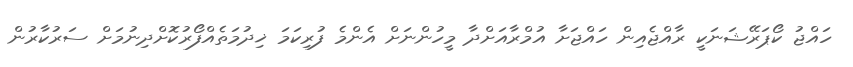
ހައްޖު ކޯޕަރޭޝަނަކީ ރާއްޖެއިން ހައްޖަށާ އުމްރާއަށްދާ މީހުންނަށް އެންމެ ފުރިކަމަ ޚިދުމަތެއްފޯރުކޮށްދިނުމަށް ސަރުކާރުން